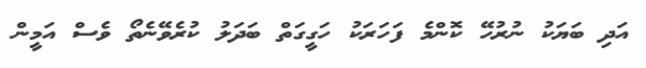
އަދި ބަޔަކު ނުރުހޭ ކޮންމެ ފަހަރަކު ހަގީގަތް ބަދަލު ކުރެވޭނެތޯ ވެސް އަމީން